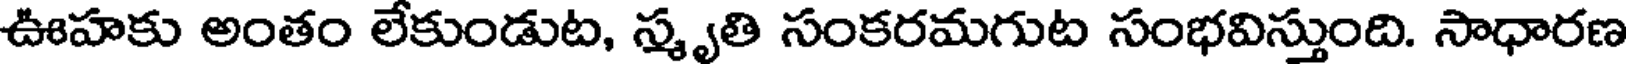
ఊహకు అంతం లేకుండుట, స్మృతి సంకరమగుట సంభవిస్తుంది. సాధారణ